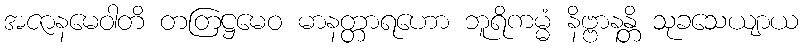
အဇာနမေဝါတိ တတြဋ္ဌမေဝ မာနတ္တာရဟော ဘူရိကမ္မံ နိဗ္ဗာနန္တိ သုခသေယျာယ